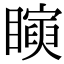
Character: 𥋰